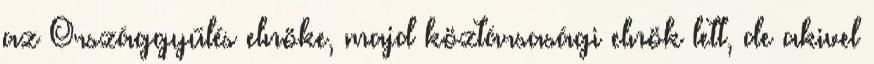
az Országgyűlés elnöke, majd köztársasági elnök lett, de akivel